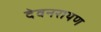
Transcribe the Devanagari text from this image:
देवनरायण